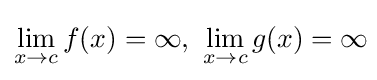
\lim _{x\to c}f(x)=\infty ,\ \lim _{x\to c}g(x)=\infty \!